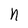
Character: n